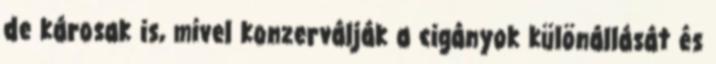
de károsak is, mivel konzerválják a cigányok különállását és